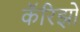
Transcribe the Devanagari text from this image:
कॅरिझो